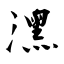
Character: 潶